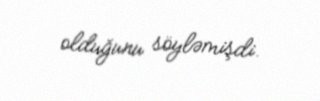
olduğunu söyləmişdi.